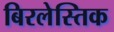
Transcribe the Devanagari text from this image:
बिरलेस्तिक